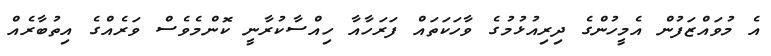
އެ މުވައްޒަފުން އެމީހުންގެ ދިރިއުޅުމުގެ ވާހަކަތައް ފަރަހާއާ ހިއްސާކުރާނީ ކޮންމެވެސް ވަރެއްގެ އިތުބާރެއް